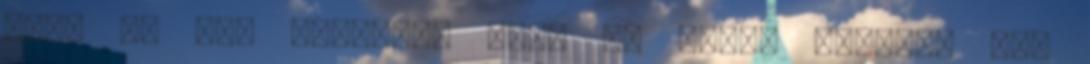
csak ez jut eszembe. Mert ez volt. Valóban nem